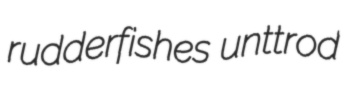
rudderfishes unttrod